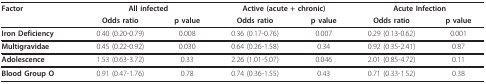
<table><thead><tr><td><b>Factor</b></td><td colspan="2"><b>All infected</b></td><td colspan="2"><b>Active (acute + chronic)</b></td><td colspan="2"><b>Acute Infection</b></td></tr><tr><td></td><td><b>Odds ratio</b></td><td><b>p value</b></td><td><b>Odds ratio</b></td><td><b>p value</b></td><td><b>Odds ratio</b></td><td><b>p value</b></td></tr></thead><tbody><tr><td><b>Iron Deficiency</b></td><td>0.40 (0.20-0.79)</td><td>0.008</td><td>0.36 (0.17-0.76)</td><td>0.007</td><td>0.29 (0.13-0.62)</td><td>0.001</td></tr><tr><td><b>Multigravidae</b></td><td>0.45 (0.22-0.92)</td><td>0.030</td><td>0.64 (0.26-1.58)</td><td>0.34</td><td>0.92 (0.35-2.41)</td><td>0.87</td></tr><tr><td><b>Adolescence</b></td><td>1.53 (0.63-3.72)</td><td>0.33</td><td>2.26 (1.01-5.07)</td><td>0.046</td><td>2.01 (0.85-4.72)</td><td>0.11</td></tr><tr><td><b>Blood Group O</b></td><td>0.91 (0.47-1.76)</td><td>0.78</td><td>0.74 (0.36-1.55)</td><td>0.43</td><td>0.71 (0.33-1.52)</td><td>0.38</td></tr></tbody></table>